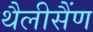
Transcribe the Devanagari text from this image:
थैलीसैंण